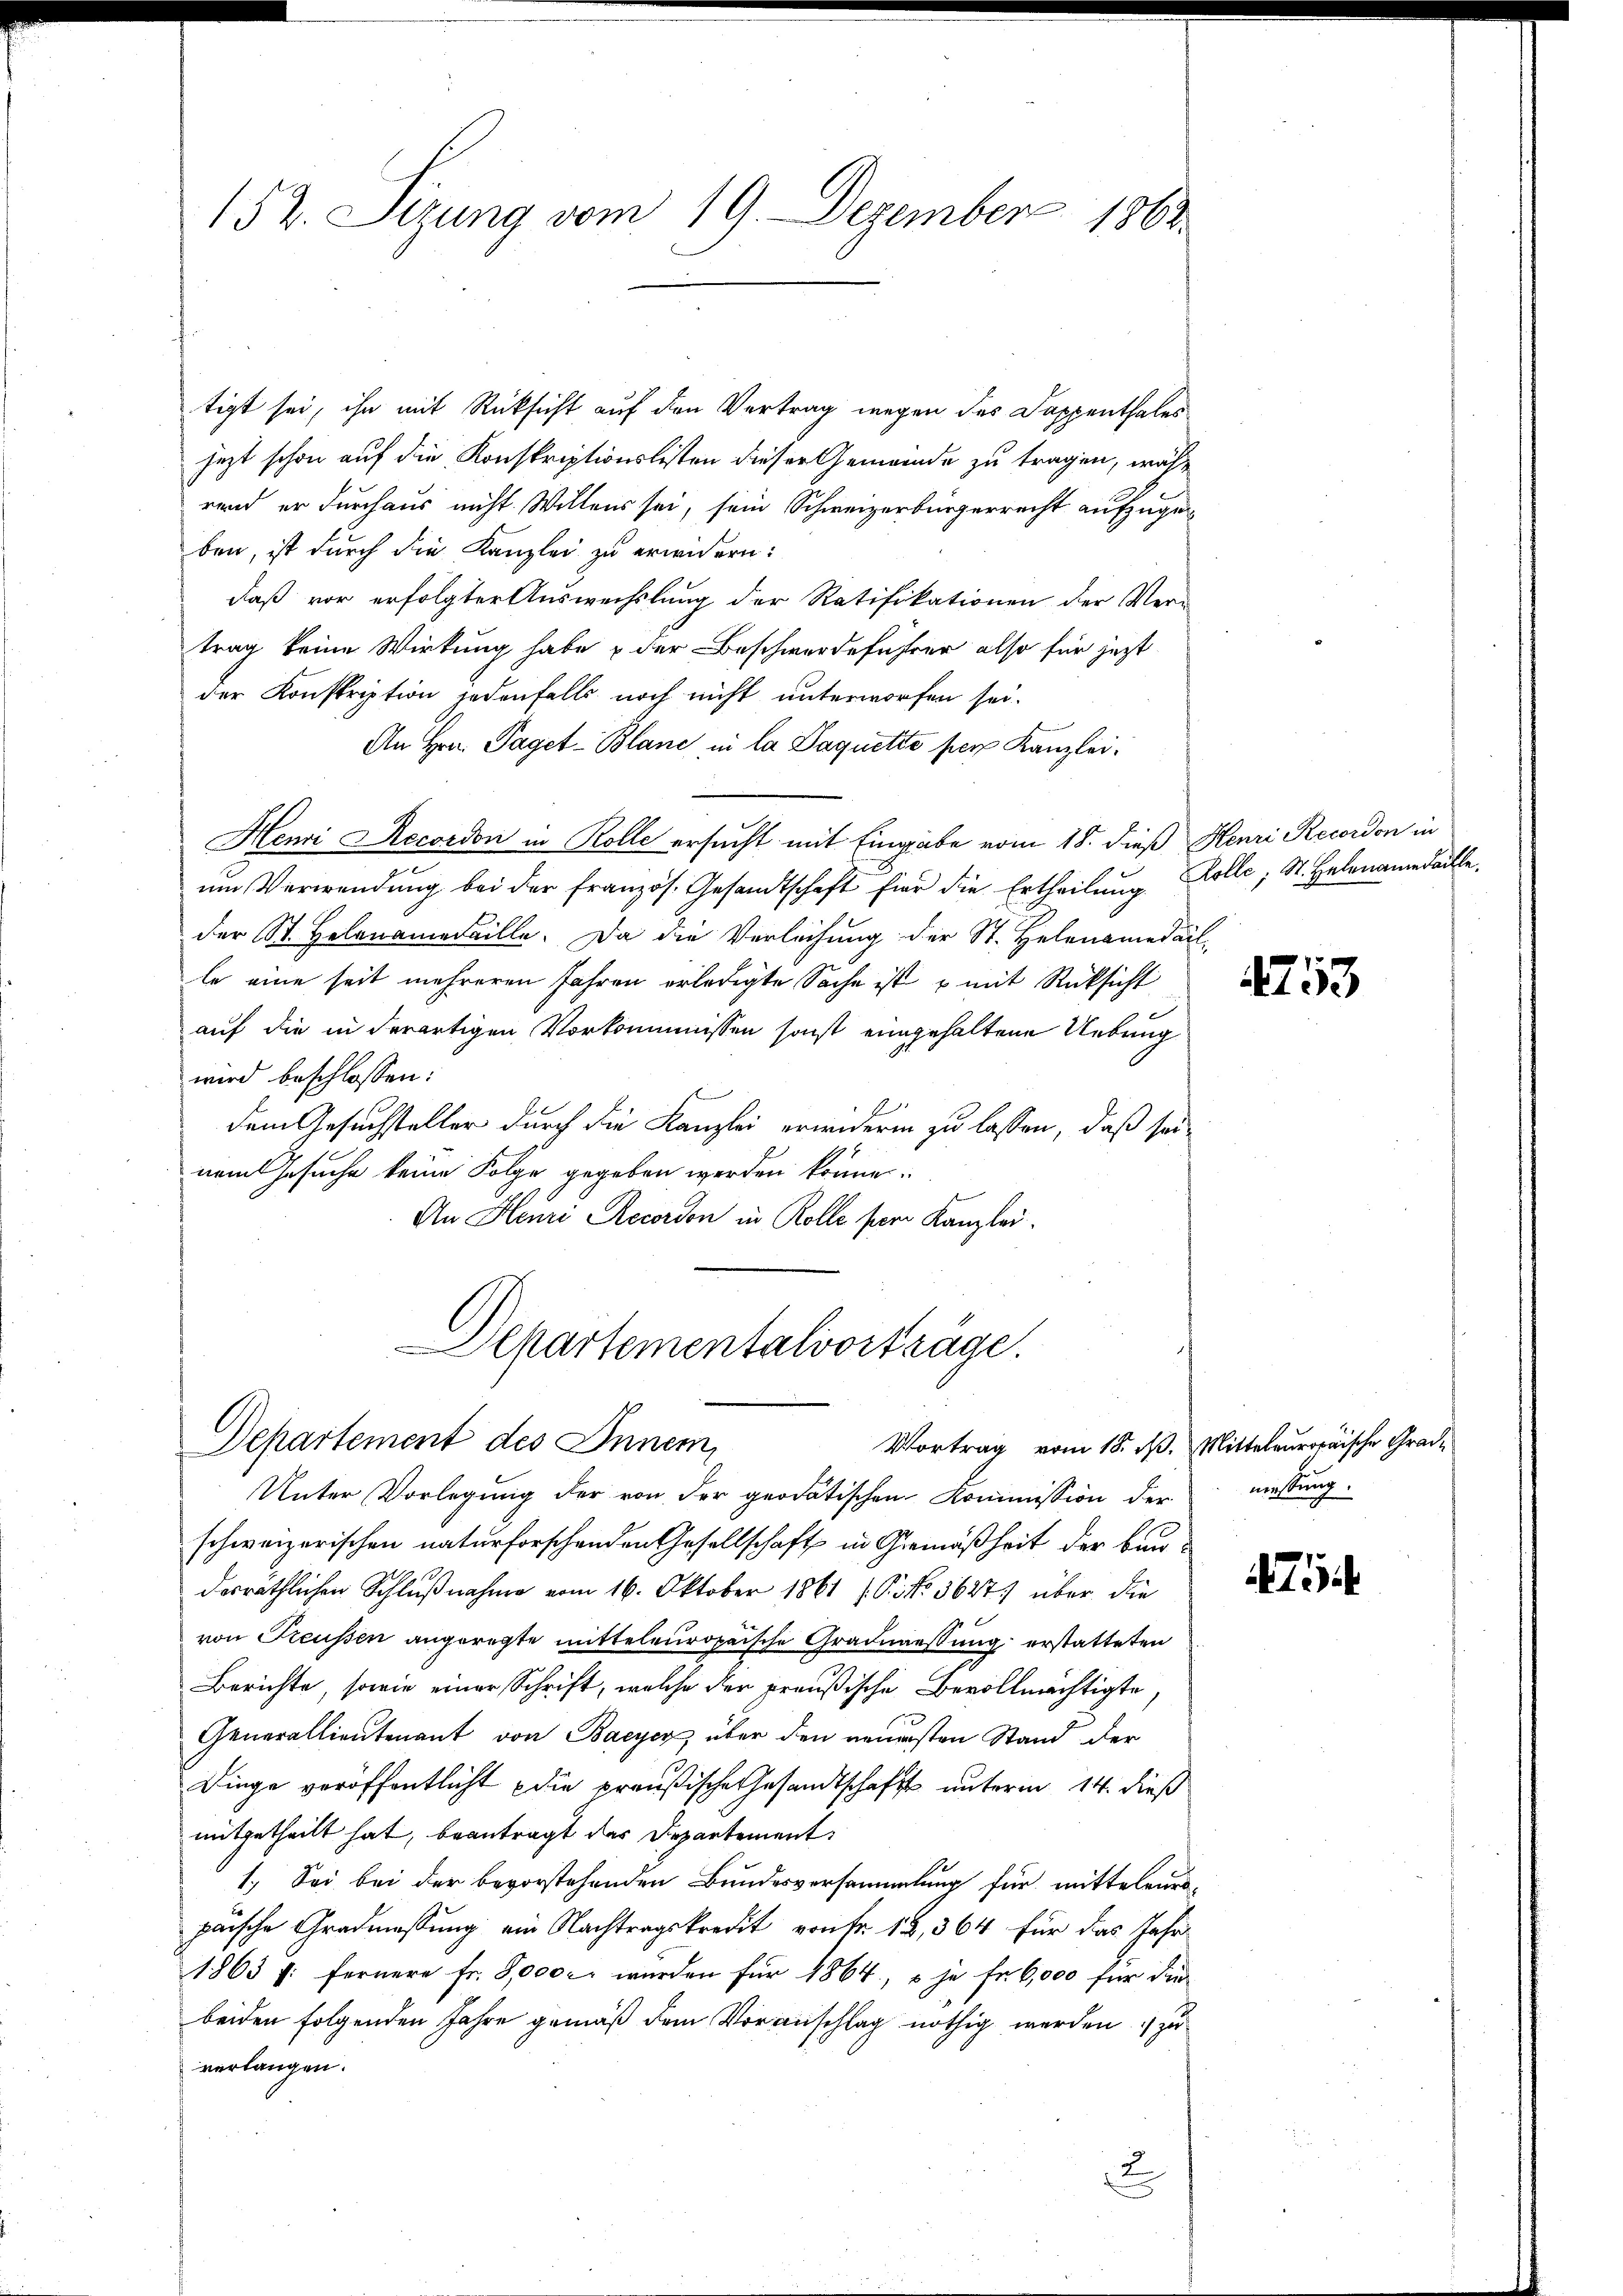
152. Sizung vom 19. Dezember 1863.

tigt sei, ihn mit Rücksicht auf den Vertrag wegen des Dappenthales
jezt schon auf die Konskriptionslisten dieser Gemeinde zu tragen, während er durchaus nicht. Willens sei, sein Schweizerbürgerrecht aufzugeben, ist durch die Kanzlei zu erwidern:
daß vor erfolgter Auswechslung der Ratifikationen der Ver-
trag keine Wirkung habe & der Beschwerdeführer also für jezt
der Konskription jedenfalls noch nicht unterworfen sei.
An Hrn. Paget-Blanc in la Daquette per Kanzlei.
Henri Recordon in Rolle ersucht mit Eingabe vom 18. dieß Henri Recordon in
um Verwendung bei der französ. Gesandtschaft für die Ertheilung.
der St. Helenamedaille. Da die Verleihung der St. Helenamedail
le eine seit mehreren Jahren erledigte Sache ist u mit Rücksicht
auf die in derartigen Vorkommnissen sonst eingehaltene Uebung
wird beschlossen:
dem Gesuchsteller durch die Kanzlei erwidern zu lassen, daß seinamt Gesuche keine Folge gegeben werden könne.
An Henri Recordon in Rolle per Kanzlei.

Aepartementalvorträge.
Departement des Innem,
Vortrag vom 18. d. Mitteluropäische Grad¬

Unter Vorlegŭng der von der grodatischen Kommission der
schweizerischen naturforschenden Gesellschaft in Gemäßheit der Baudesräthlichen Schlußnahme vom 16. Oktober 1861 f. Pito 5627 über die
von Treussen angeregte mitteleuropaische Gradmaessung erstatteten
Berichte, sowie einer Schrift, welche der preußische Bevollmächtigte,
Generallieutenant von Bayer über den neuersten Stand der
Dinge veröffentlicht die preußische Gesandtschaft unterm 14. dieß
mitgetheilt hat, beantragt das Departement
1. Sei bei der bevorstehenden Bundesversammlung für mitteleurspäische Gradmassung ein Nachtragskredit von fr. 18, 364 für das Jahr
1863 f: fernere Fr. 8,000 c. wurden für 1864, & je Fr. 6,000 für die
beiden folgenden Jahre gemäß dem Voranschlag nöthig werden zu
verlangen.
2

Kolle, St. Helenaudachte.

4753

messung.

475